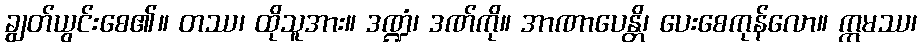
ချွတ်ယွင်းစေ၏။ တဿ၊ ထိုသူအား။ ဒဏ္ဍံ၊ ဒဏ်ကို။ အာဏာပေန္တိ၊ ပေးစေကုန်လော။ ဣမဿ၊